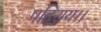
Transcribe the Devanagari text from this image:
पहिराय।।